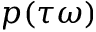
p ( \tau \omega )